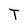
Character: T